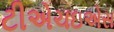
ટીએચઇએસ